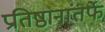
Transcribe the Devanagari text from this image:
प्रतिष्ठानांतर्फे